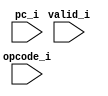
module riscv_trace_sim
(
     input                        valid_i
    ,input  [31:0]                pc_i
    ,input  [31:0]                opcode_i
);

//-----------------------------------------------------------------
// get_regname_str: Convert register number to string
//-----------------------------------------------------------------
`ifdef verilator
function [79:0] get_regname_str;
    input  [4:0] regnum;
begin
    case (regnum)
        5'd0:  get_regname_str = "zero";
        5'd1:  get_regname_str = "ra";
        5'd2:  get_regname_str = "sp";
        5'd3:  get_regname_str = "gp";
        5'd4:  get_regname_str = "tp";
        5'd5:  get_regname_str = "t0";
        5'd6:  get_regname_str = "t1";
        5'd7:  get_regname_str = "t2";
        5'd8:  get_regname_str = "s0";
        5'd9:  get_regname_str = "s1";
        5'd10: get_regname_str = "a0";
        5'd11: get_regname_str = "a1";
        5'd12: get_regname_str = "a2";
        5'd13: get_regname_str = "a3";
        5'd14: get_regname_str = "a4";
        5'd15: get_regname_str = "a5";
        5'd16: get_regname_str = "a6";
        5'd17: get_regname_str = "a7";
        5'd18: get_regname_str = "s2";
        5'd19: get_regname_str = "s3";
        5'd20: get_regname_str = "s4";
        5'd21: get_regname_str = "s5";
        5'd22: get_regname_str = "s6";
        5'd23: get_regname_str = "s7";
        5'd24: get_regname_str = "s8";
        5'd25: get_regname_str = "s9";
        5'd26: get_regname_str = "s10";
        5'd27: get_regname_str = "s11";
        5'd28: get_regname_str = "t3";
        5'd29: get_regname_str = "t4";
        5'd30: get_regname_str = "t5";
        5'd31: get_regname_str = "t6";
    endcase
end
endfunction

//-------------------------------------------------------------------
// Debug strings
//-------------------------------------------------------------------
reg [79:0] dbg_inst_str;
reg [79:0] dbg_inst_ra;
reg [79:0] dbg_inst_rb;
reg [79:0] dbg_inst_rd;
reg [31:0] dbg_inst_imm;
reg [31:0] dbg_inst_pc;

wire [4:0] ra_idx_w = opcode_i[19:15];
wire [4:0] rb_idx_w = opcode_i[24:20];
wire [4:0] rd_idx_w = opcode_i[11:7];

`define DBG_IMM_IMM20     {opcode_i[31:12], 12'b0}
`define DBG_IMM_IMM12     {{20{opcode_i[31]}}, opcode_i[31:20]}
`define DBG_IMM_BIMM      {{19{opcode_i[31]}}, opcode_i[31], opcode_i[7], opcode_i[30:25], opcode_i[11:8], 1'b0}
`define DBG_IMM_JIMM20    {{12{opcode_i[31]}}, opcode_i[19:12], opcode_i[20], opcode_i[30:25], opcode_i[24:21], 1'b0}
`define DBG_IMM_STOREIMM  {{20{opcode_i[31]}}, opcode_i[31:25], opcode_i[11:7]}
`define DBG_IMM_SHAMT     opcode_i[24:20]

always @ *
begin
    dbg_inst_str = "-";
    dbg_inst_ra  = "-";
    dbg_inst_rb  = "-";
    dbg_inst_rd  = "-";
    dbg_inst_pc  = 32'bx;

    if (valid_i)
    begin
        dbg_inst_pc  = pc_i;
        dbg_inst_ra  = get_regname_str(ra_idx_w);
        dbg_inst_rb  = get_regname_str(rb_idx_w);
        dbg_inst_rd  = get_regname_str(rd_idx_w);

        case (1'b1)
            ((opcode_i & `INST_ANDI_MASK) == `INST_ANDI)   : dbg_inst_str = "andi";
            ((opcode_i & `INST_ADDI_MASK) == `INST_ADDI)   : dbg_inst_str = "addi";
            ((opcode_i & `INST_SLTI_MASK) == `INST_SLTI)   : dbg_inst_str = "slti";
            ((opcode_i & `INST_SLTIU_MASK) == `INST_SLTIU)  : dbg_inst_str = "sltiu";
            ((opcode_i & `INST_ORI_MASK) == `INST_ORI)    : dbg_inst_str = "ori";
            ((opcode_i & `INST_XORI_MASK) == `INST_XORI)   : dbg_inst_str = "xori";
            ((opcode_i & `INST_SLLI_MASK) == `INST_SLLI)   : dbg_inst_str = "slli";
            ((opcode_i & `INST_SRLI_MASK) == `INST_SRLI)   : dbg_inst_str = "srli";
            ((opcode_i & `INST_SRAI_MASK) == `INST_SRAI)   : dbg_inst_str = "srai";
            ((opcode_i & `INST_LUI_MASK) == `INST_LUI)    : dbg_inst_str = "lui";
            ((opcode_i & `INST_AUIPC_MASK) == `INST_AUIPC)  : dbg_inst_str = "auipc";
            ((opcode_i & `INST_ADD_MASK) == `INST_ADD)    : dbg_inst_str = "add";
            ((opcode_i & `INST_SUB_MASK) == `INST_SUB)    : dbg_inst_str = "sub";
            ((opcode_i & `INST_SLT_MASK) == `INST_SLT)    : dbg_inst_str = "slt";
            ((opcode_i & `INST_SLTU_MASK) == `INST_SLTU)   : dbg_inst_str = "sltu";
            ((opcode_i & `INST_XOR_MASK) == `INST_XOR)    : dbg_inst_str = "xor";
            ((opcode_i & `INST_OR_MASK) == `INST_OR)     : dbg_inst_str = "or";
            ((opcode_i & `INST_AND_MASK) == `INST_AND)    : dbg_inst_str = "and";
            ((opcode_i & `INST_SLL_MASK) == `INST_SLL)    : dbg_inst_str = "sll";
            ((opcode_i & `INST_SRL_MASK) == `INST_SRL)    : dbg_inst_str = "srl";
            ((opcode_i & `INST_SRA_MASK) == `INST_SRA)    : dbg_inst_str = "sra";
            ((opcode_i & `INST_JAL_MASK) == `INST_JAL)    : dbg_inst_str = "jal";
            ((opcode_i & `INST_JALR_MASK) == `INST_JALR)   : dbg_inst_str = "jalr";
            ((opcode_i & `INST_BEQ_MASK) == `INST_BEQ)    : dbg_inst_str = "beq";
            ((opcode_i & `INST_BNE_MASK) == `INST_BNE)    : dbg_inst_str = "bne";
            ((opcode_i & `INST_BLT_MASK) == `INST_BLT)    : dbg_inst_str = "blt";
            ((opcode_i & `INST_BGE_MASK) == `INST_BGE)    : dbg_inst_str = "bge";
            ((opcode_i & `INST_BLTU_MASK) == `INST_BLTU)   : dbg_inst_str = "bltu";
            ((opcode_i & `INST_BGEU_MASK) == `INST_BGEU)   : dbg_inst_str = "bgeu";
            ((opcode_i & `INST_LB_MASK) == `INST_LB)     : dbg_inst_str = "lb";
            ((opcode_i & `INST_LH_MASK) == `INST_LH)     : dbg_inst_str = "lh";
            ((opcode_i & `INST_LW_MASK) == `INST_LW)     : dbg_inst_str = "lw";
            ((opcode_i & `INST_LBU_MASK) == `INST_LBU)    : dbg_inst_str = "lbu";
            ((opcode_i & `INST_LHU_MASK) == `INST_LHU)    : dbg_inst_str = "lhu";
            ((opcode_i & `INST_LWU_MASK) == `INST_LWU)    : dbg_inst_str = "lwu";
            ((opcode_i & `INST_SB_MASK) == `INST_SB)     : dbg_inst_str = "sb";
            ((opcode_i & `INST_SH_MASK) == `INST_SH)     : dbg_inst_str = "sh";
            ((opcode_i & `INST_SW_MASK) == `INST_SW)     : dbg_inst_str = "sw";
            ((opcode_i & `INST_ECALL_MASK) == `INST_ECALL)  : dbg_inst_str = "ecall";
            ((opcode_i & `INST_EBREAK_MASK) == `INST_EBREAK) : dbg_inst_str = "ebreak";
            ((opcode_i & `INST_MRET_MASK) == `INST_MRET)   : dbg_inst_str = "eret";
            ((opcode_i & `INST_CSRRW_MASK) == `INST_CSRRW)  : dbg_inst_str = "csrrw";
            ((opcode_i & `INST_CSRRS_MASK) == `INST_CSRRS)  : dbg_inst_str = "csrrs";
            ((opcode_i & `INST_CSRRC_MASK) == `INST_CSRRC)  : dbg_inst_str = "csrrc";
            ((opcode_i & `INST_CSRRWI_MASK) == `INST_CSRRWI) : dbg_inst_str = "csrrwi";
            ((opcode_i & `INST_CSRRSI_MASK) == `INST_CSRRSI) : dbg_inst_str = "csrrsi";
            ((opcode_i & `INST_CSRRCI_MASK) == `INST_CSRRCI) : dbg_inst_str = "csrrci";
            ((opcode_i & `INST_MUL_MASK) == `INST_MUL)    : dbg_inst_str = "mul";
            ((opcode_i & `INST_MULH_MASK) == `INST_MULH)   : dbg_inst_str = "mulh";
            ((opcode_i & `INST_MULHSU_MASK) == `INST_MULHSU) : dbg_inst_str = "mulhsu";
            ((opcode_i & `INST_MULHU_MASK) == `INST_MULHU)  : dbg_inst_str = "mulhu";
            ((opcode_i & `INST_DIV_MASK) == `INST_DIV)    : dbg_inst_str = "div";
            ((opcode_i & `INST_DIVU_MASK) == `INST_DIVU)   : dbg_inst_str = "divu";
            ((opcode_i & `INST_REM_MASK) == `INST_REM)    : dbg_inst_str = "rem";
            ((opcode_i & `INST_REMU_MASK) == `INST_REMU)   : dbg_inst_str = "remu";
            ((opcode_i & `INST_IFENCE_MASK) == `INST_IFENCE)  : dbg_inst_str = "fence.i";
        endcase

        case (1'b1)

            ((opcode_i & `INST_ADDI_MASK) == `INST_ADDI) ,  // addi
            ((opcode_i & `INST_ANDI_MASK) == `INST_ANDI) ,  // andi
            ((opcode_i & `INST_SLTI_MASK) == `INST_SLTI) ,  // slti
            ((opcode_i & `INST_SLTIU_MASK) == `INST_SLTIU) , // sltiu
            ((opcode_i & `INST_ORI_MASK) == `INST_ORI) ,   // ori
            ((opcode_i & `INST_XORI_MASK) == `INST_XORI) ,  // xori
            ((opcode_i & `INST_CSRRW_MASK) == `INST_CSRRW) , // csrrw
            ((opcode_i & `INST_CSRRS_MASK) == `INST_CSRRS) , // csrrs
            ((opcode_i & `INST_CSRRC_MASK) == `INST_CSRRC) , // csrrc
            ((opcode_i & `INST_CSRRWI_MASK) == `INST_CSRRWI) ,// csrrwi
            ((opcode_i & `INST_CSRRSI_MASK) == `INST_CSRRSI) ,// csrrsi
            ((opcode_i & `INST_CSRRCI_MASK) == `INST_CSRRCI) :// csrrci
            begin
                dbg_inst_rb  = "-";
                dbg_inst_imm = `DBG_IMM_IMM12;
            end

            ((opcode_i & `INST_SLLI_MASK) == `INST_SLLI) , // slli
            ((opcode_i & `INST_SRLI_MASK) == `INST_SRLI) , // srli
            ((opcode_i & `INST_SRAI_MASK) == `INST_SRAI) : // srai
            begin
                dbg_inst_rb  = "-";
                dbg_inst_imm = {27'b0, `DBG_IMM_SHAMT};
            end

            ((opcode_i & `INST_LUI_MASK) == `INST_LUI) : // lui
            begin
                dbg_inst_ra  = "-";
                dbg_inst_rb  = "-";
                dbg_inst_imm = `DBG_IMM_IMM20;
            end

            ((opcode_i & `INST_AUIPC_MASK) == `INST_AUIPC) : // auipc
            begin
                dbg_inst_ra  = "pc";
                dbg_inst_rb  = "-";
                dbg_inst_imm = `DBG_IMM_IMM20;
            end   

            ((opcode_i & `INST_JAL_MASK) == `INST_JAL) :  // jal
            begin
                dbg_inst_ra  = "-";
                dbg_inst_rb  = "-";
                dbg_inst_imm = pc_i + `DBG_IMM_JIMM20;

                if (rd_idx_w == 5'd1)
                    dbg_inst_str = "call";
            end

            ((opcode_i & `INST_JALR_MASK) == `INST_JALR) : // jalr
            begin
                dbg_inst_rb  = "-";
                dbg_inst_imm = `DBG_IMM_IMM12;

               if (ra_idx_w == 5'd1 && `DBG_IMM_IMM12 == 32'b0)
                    dbg_inst_str = "ret";
               else if (rd_idx_w == 5'd1)
                    dbg_inst_str = "call (R)";
            end

            // lb lh lw lbu lhu lwu
            ((opcode_i & `INST_LB_MASK) == `INST_LB) ,
            ((opcode_i & `INST_LH_MASK) == `INST_LH) ,
            ((opcode_i & `INST_LW_MASK) == `INST_LW) ,
            ((opcode_i & `INST_LBU_MASK) == `INST_LBU) ,
            ((opcode_i & `INST_LHU_MASK) == `INST_LHU) ,
            ((opcode_i & `INST_LWU_MASK) == `INST_LWU) :
            begin
                dbg_inst_rb  = "-";
                dbg_inst_imm = `DBG_IMM_IMM12;
            end 

            // sb sh sw
            ((opcode_i & `INST_SB_MASK) == `INST_SB) ,
            ((opcode_i & `INST_SH_MASK) == `INST_SH) ,
            ((opcode_i & `INST_SW_MASK) == `INST_SW) :
            begin
                dbg_inst_rd  = "-";
                dbg_inst_imm = `DBG_IMM_STOREIMM;
            end
        endcase        
    end
end
`endif

endmodule